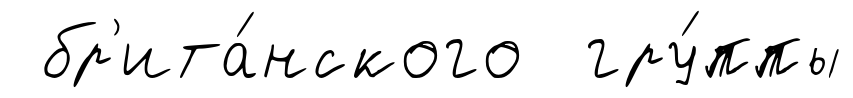
бр'ита́нского гру́ппы